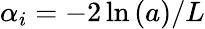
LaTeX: \alpha_{i}=-2\ln{(a)}/L